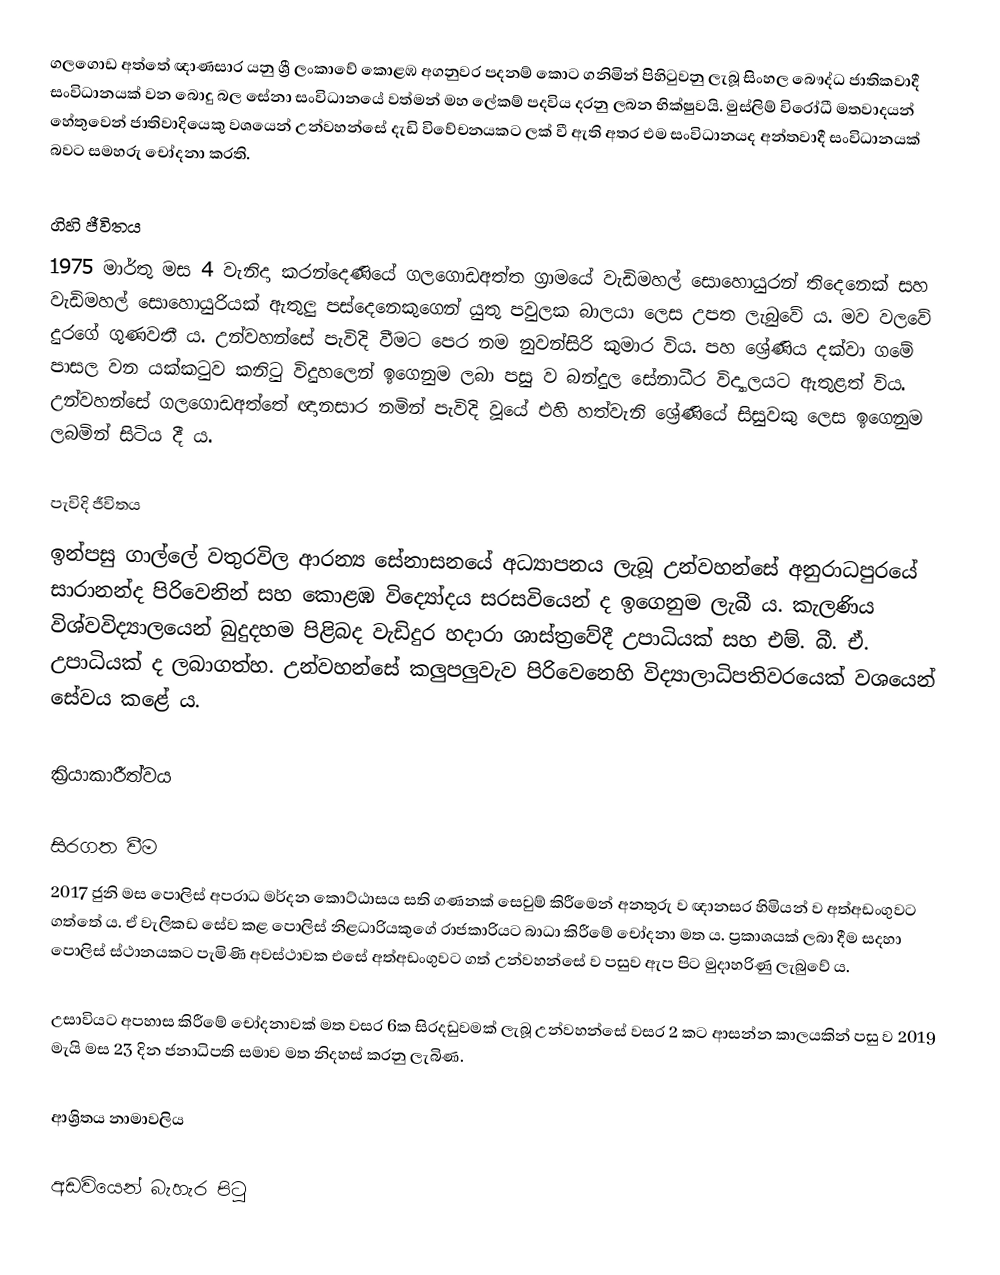
ගලගොඩ අත්තේ ඥාණසාර යනු ශ්‍රී ලංකාවේ කොළඹ අගනුවර පදනම් කොට ගනිමින් පිහිටුවනු ලැබූ සිංහල බෞද්ධ ජාතිකවාදී සංවිධානයක් වන බොදු බල සේනා සංවිධානයේ වත්මන් මහ ලේකම් පදවිය දරනු ලබන  භික්ෂුවයි.  මුස්ලිම් විරෝධී මතවාදයන් හේතුවෙන් ජාතිවාදියෙකු වශයෙන් උන්වහන්සේ දැඩි විවේචනයකට ලක් වී ඇති අතර එම සංවිධානයද අන්තවාදී සංවිධානයක් බවට සමහරු චෝදනා කරති.

ගිහි ජීවිතය
1975 මාර්තු මස 4 වැනිදා කරන්දෙණියේ ගලගොඩඅත්ත ග්‍රාමයේ වැඩිමහල් සොහොයුරන් තිදෙනෙක් සහ වැඩිමහල් සොහොයුරියක් ඇතුලු පස්දෙනෙකුගෙන් යුතු පවුලක බාලයා ලෙස උපත ලැබුවේ ය.  මව වලවේ දුරගේ ගුණවතී ය. උන්වහන්සේ පැවිදි වීමට පෙර නම නුවන්සිරි කුමාර විය.  පහ ශ්‍රේණිය දක්වා ගමේ පාසල වන යක්කටුව කනිටු විදුහලෙන් ඉගෙනුම ලබා පසු ව බන්දුල සේනාධීර විද්‍යාලයට ඇතුළත් විය. උන්වහන්සේ ගලගොඩඅත්තේ ඥානසාර නමින් පැවිදි වූයේ එහි හත්වැනි ශ්‍රේණියේ  සිසුවකු ලෙස ඉගෙනුම ලබමින් සිටිය දී ය.

පැවිදි ජීවිතය
ඉන්පසු ගාල්ලේ වතුරවිල ආරන්‍ය සේනාසනයේ අධ්‍යාපනය ලැබූ උන්වහන්සේ අනුරාධපුරයේ සාරානන්ද පිරිවෙනින් සහ කොළඹ විද්‍යෝදය සරසවියෙන් ද ඉගෙනුම ලැබී ය. කැලණිය විශ්වවිද්‍යාලයෙන් බුදුදහම පිළිබද වැඩිදුර හදාරා ශාස්ත්‍රවේදී උපාධියක් සහ එම්. බී. ඒ. උපාධියක් ද ලබාගත්හ. උන්වහන්සේ කලුපලුවැව පිරිවෙනෙහි විද්‍යාලාධිපතිවරයෙක් වශයෙන් සේවය කළේ ය.

ක්‍රියාකාරීත්වය

සිරගත වීම
2017 ජුනි මස පොලිස් අපරාධ මර්දන කොට්ඨාසය සති ගණනක් සෙවුම් කිරීමෙන් අනතුරු ව ඥානසර හිමියන් ව අත්අඩංගුවට ගත්තේ ය. ඒ වැලිකඩ සේව කළ පොලිස් නිළධාරියකුගේ රාජකාරියට බාධා කිරීමේ චෝදනා මත ය. ප්‍රකාශයක් ලබා දීම සදහා පොලිස් ස්ථානයකට පැමිණි අවස්ථාවක එසේ අත්අඩංගුවට ගත් උන්වහන්සේ ව පසුව ඇප පිට මුදාහරිණු ලැබුවේ ය.

උසාවියට අපහාස කිරීමේ චෝදනාවක් මත වසර 6ක සිරදඩුවමක් ලැබූ උන්වහන්සේ වසර 2 කට ආසන්න කාලයකින් පසු ව 2019 මැයි මස 23 දින ජනාධිපති සමාව මත නිදහස් කරනු ලැබිණ.

ආශ්‍රිතය නාමාවලිය

අඩවියෙන් බැහැර පිටු